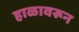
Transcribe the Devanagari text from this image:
हाळावरून